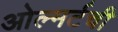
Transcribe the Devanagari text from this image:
ओल्मर्टची